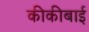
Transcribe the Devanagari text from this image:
कीकीबाई